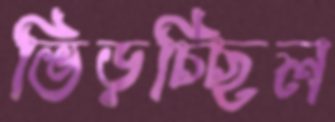
ভিড়চ্ছিল